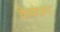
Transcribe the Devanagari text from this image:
केवंज़र